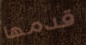
قدمها